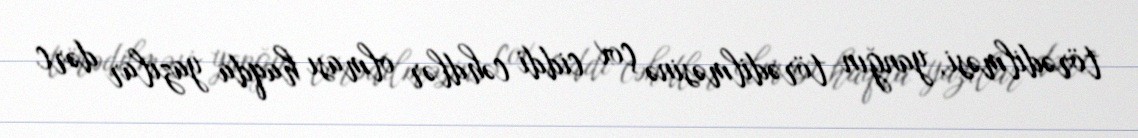
törədilməsi, yanğın törədilməsinə çox ciddi cəhdlər olması haqda yazılar dərc